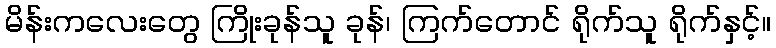
မိန်းကလေးတွေ ကြိုးခုန်သူ ခုန်၊ ကြက်တောင် ရိုက်သူ ရိုက်နှင့်။